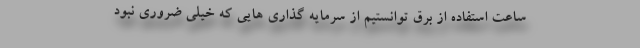
ساعت استفاده از برق توانستیم از سرمایه گذاری هایی که خیلی ضروری نبود